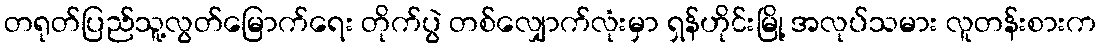
တရုတ်ပြည်သူ့လွတ်မြောက်ရေး တိုက်ပွဲ တစ်လျှောက်လုံးမှာ ရှန်ဟိုင်းမြို့ အလုပ်သမား လူတန်းစားက